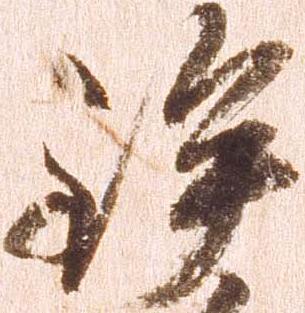
鉾